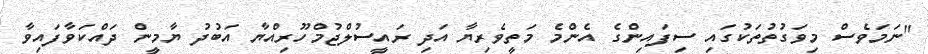
"ނަމަވެސް މިވަގުތުތަކުގައި ސިފައިންގެ އެންމެ މަތީވެރިޔާ އަދި ރައީސުލްޖުމްހޫރިއްޔާ އަބުދު ޔާމީން ދައްކަވާފައިވާ